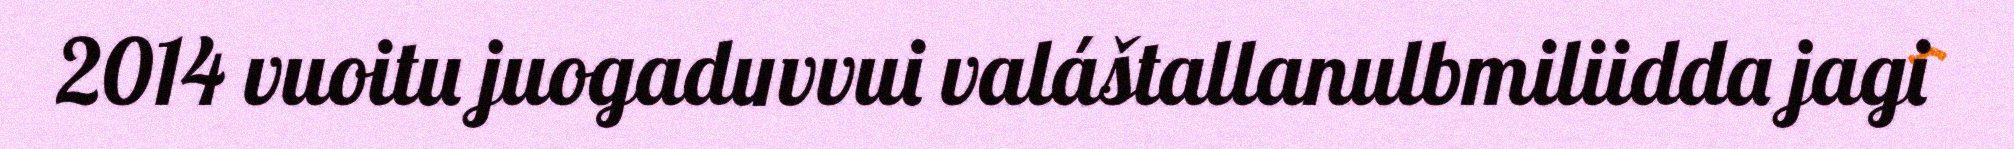
2014 vuoitu juogaduvvui valáštallanulbmiliidda jagi